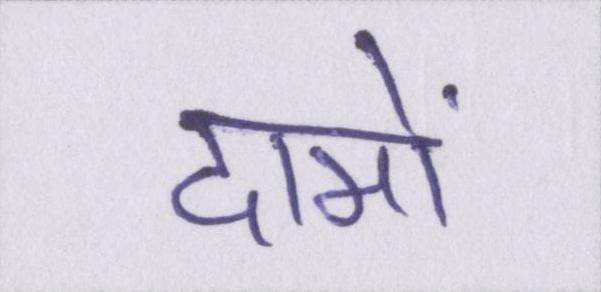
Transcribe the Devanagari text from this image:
दामों